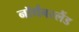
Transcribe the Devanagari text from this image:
नॉर्थबरलैंड